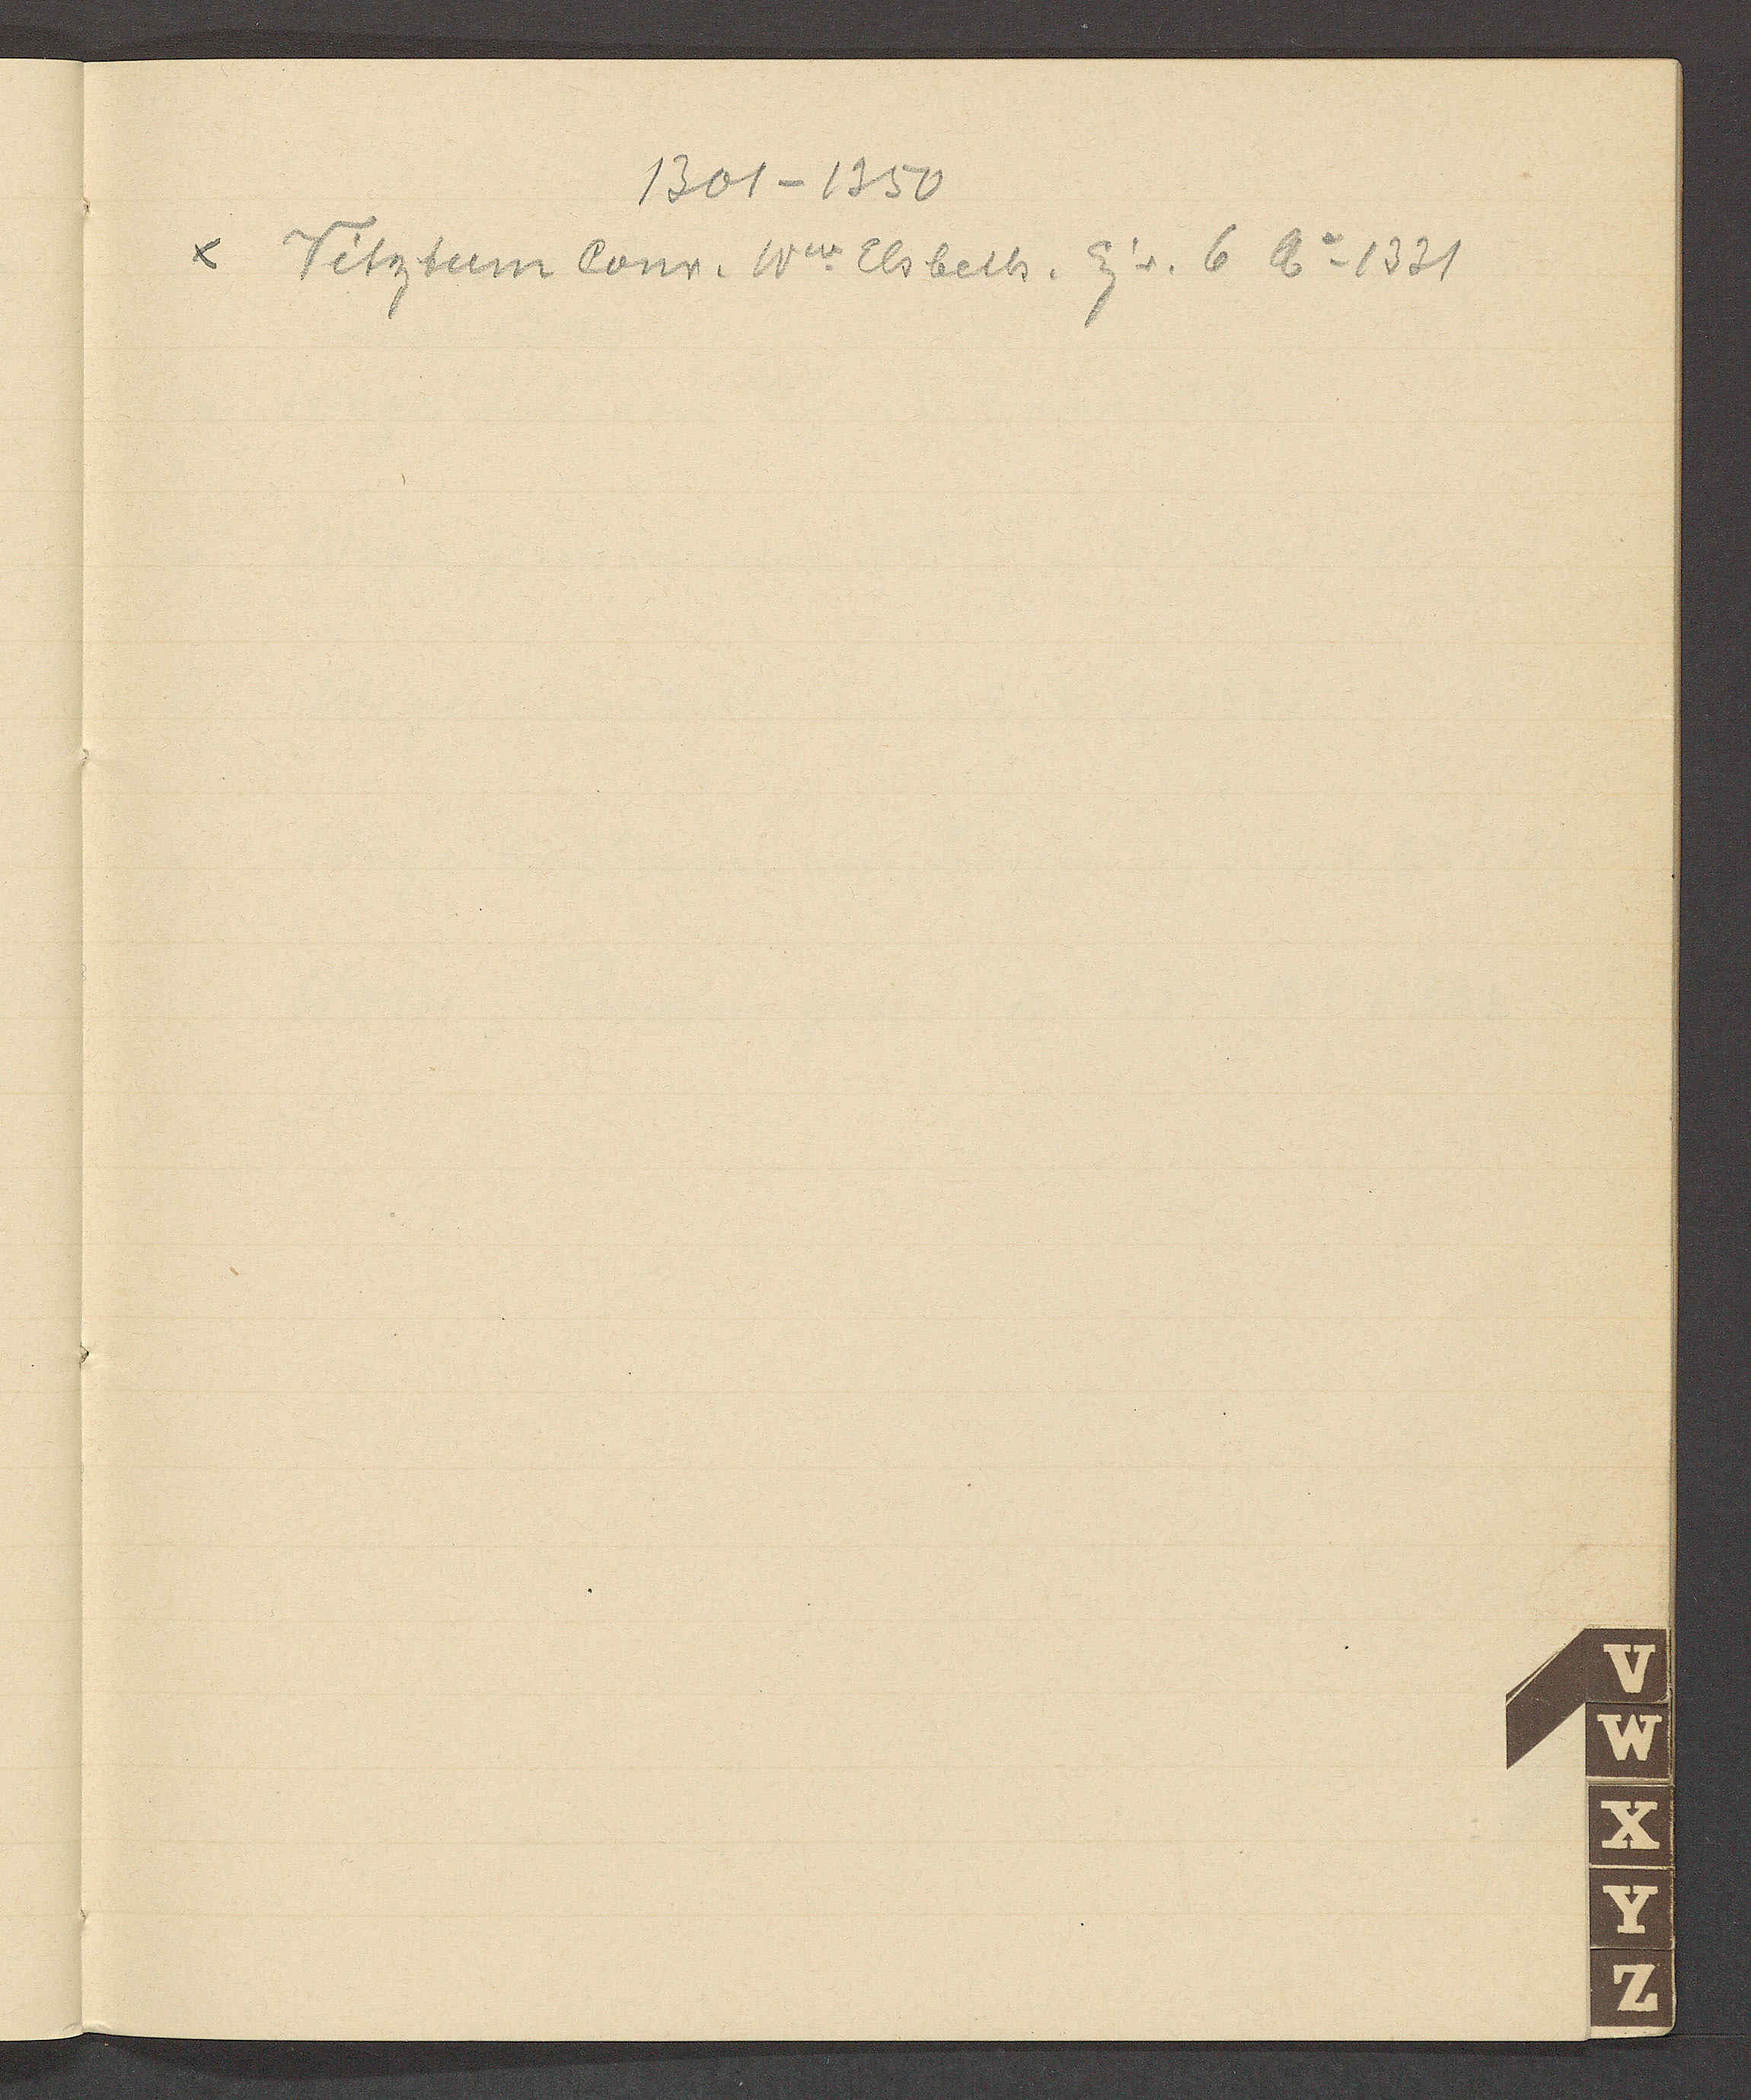
Transcript:
1301 – 1350
Vitztum Conr. Ww Elsbeth. Eig v. 6 Ao 1331